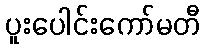
ပူးပေါင်းကော်မတီ